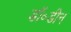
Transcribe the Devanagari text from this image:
डॉ॰डीन